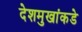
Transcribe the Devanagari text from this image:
देशमुखांकडे